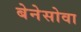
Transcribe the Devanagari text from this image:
बेनेसोवा